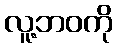
လူ့ဘဝကို